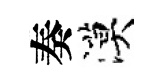
奏漠